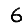
Digit: 6